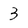
Character: 3